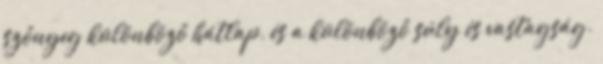
szőnyeg különböző hátlap, és a különböző súly és vastagság.